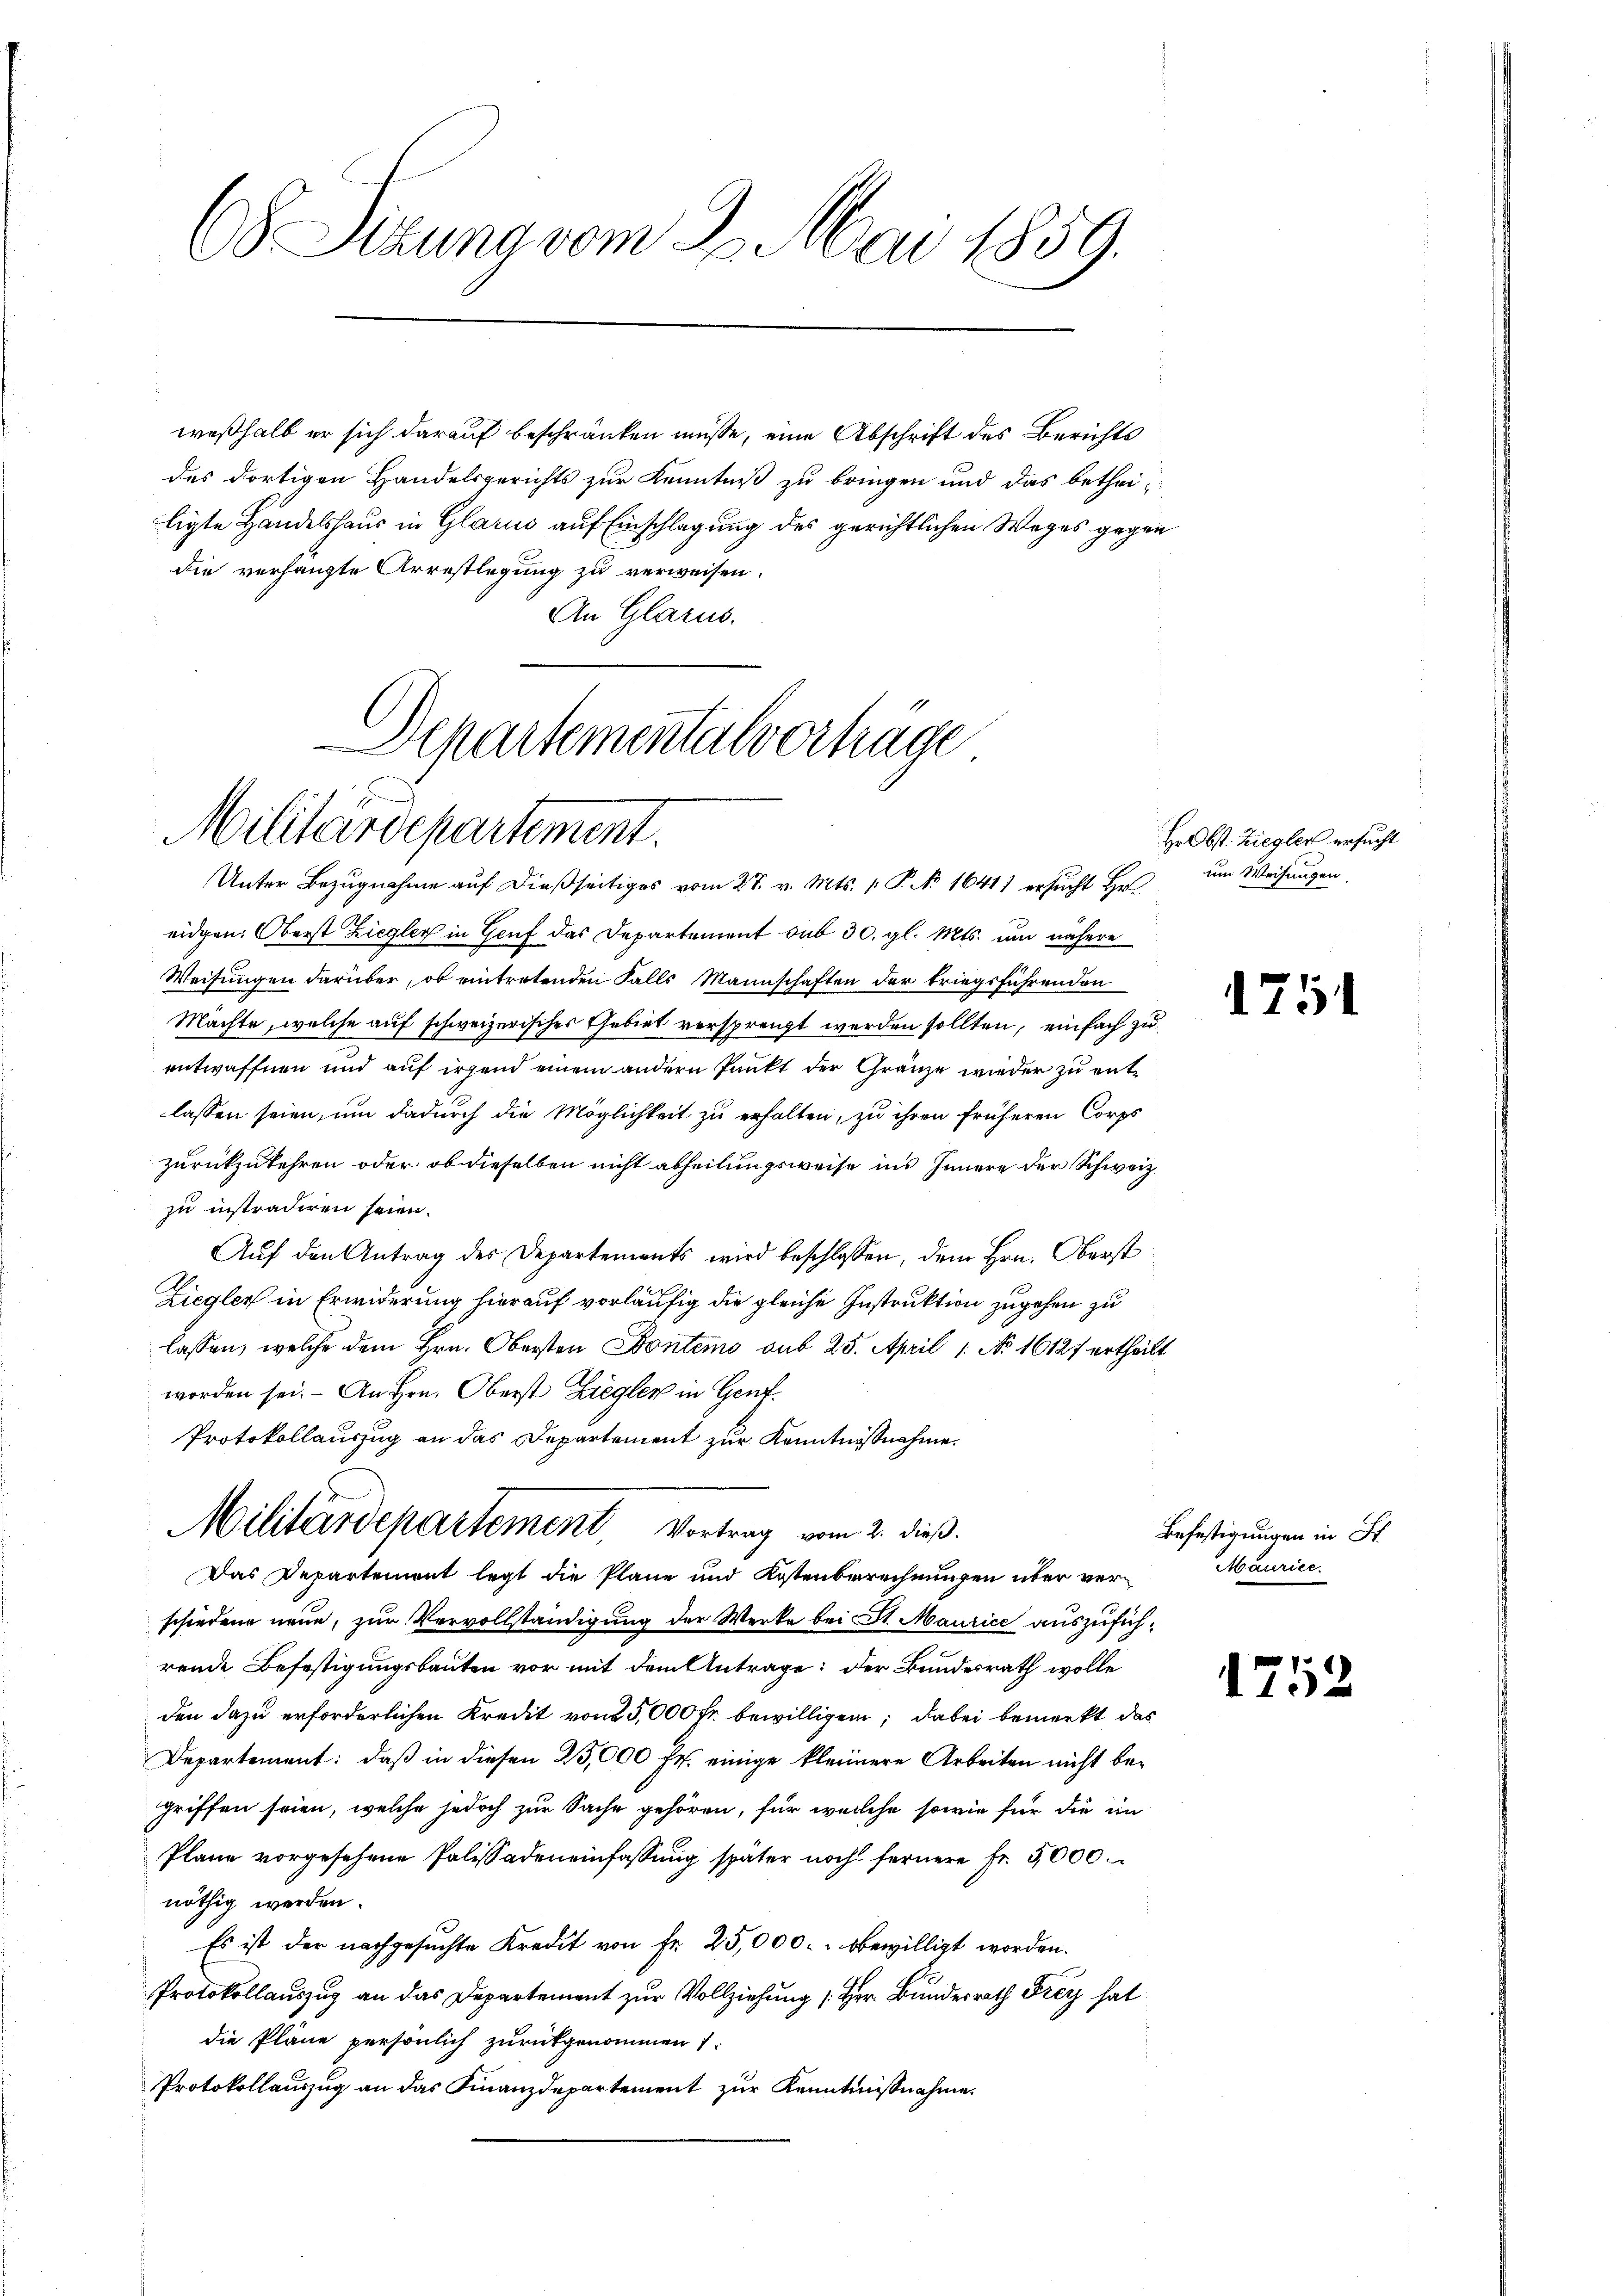
68 Struna vom 3. Mai 1859.

weßhalb er sich darauf beschränken müsse, eine Abschrift des Berichts
des dortigen Handelsgerichts zur Kenntniß zu bringen und das bethei-
ligte Handelshaus in Glarus auf Einschlagung des gerichtlichen Weges gegen
die verhängte Arrestlegung zu verweisen.
An Glarus.

Departementalverträge
Militärdepartement.

Unter Bezugnahme auf dießseitiges vom 27. v. Mts. 1. P. No 1641) ersucht Hr
eidgen. Oberst Ziegler in Genf das Departement sub 30. gl. Mts. um nähere
Weisungen darüber, ob eintretenden Falls Mannschaften der triegsführenden
Machte, welche auf schweizerisches Gebiet versprengt werden sollten, einfach zu
entwaffnen und auf irgend einem andern Punkt der Gränze wieder zu entlassen seien, um dadurch die Möglichkeit zu erhalten, zu ihren früheren Corps
zurückzukehren oder ob dieselben nicht abheilungsweise ins Innere der Schweiz.
zu instradiren seien.
Aŭf den Antrag des Departements wird beschlossen, dem Hrn. Oberst
Ziegler in Erwiderung hierauf vorläufig die gleiche Instruktion zugehen zu
lassen, welche dem Hrn. Obersten Bontems sub 25. April 1 No 16127 ertheilt
worden sei. – An Hrn. Oberst Ziegler in Gent¬
Protokollauszug an das Departement zur Kenntnißnahme.
Militärdepartement Vortrag vom 2. dieß.
Das Departement legt die Pläne und Kostenberechnungen über verschiedene neue, zur Vervollständigung der Werke bei St. Maurice auszuführende Befestigungsbauten vor mit dem Antrage: der Bundesrath wolle
den dazu erforderlichen Kredit von 25,000 Fr. bewilligen; dabei bemerkt das
Departement: daß in diesen 25,000 fr. einige kleinere Arbeiten nicht begriffen seien, welche jedoch zur Sache gehören, für welche sowie für die im
Pläne vorgesehene Palissadeneinfassung später noch fernere Fr. 5000.
nöthig werden.
Es ist der nachgesuchte Kredit von Fr. 25,000. bewilligt worden.
Protokollauszug an das Departement zur Vollziehung (Her. Bundesrath Frey hat
die Pläne persönlich zurückgenommen
Protokollauszug an das Finanzdepartement zur Kenntnißnahme.

Hr Obst. Ziegler ersucht
um Weisungen.

1751

Befestigungen in St.
Maurice.

1752